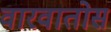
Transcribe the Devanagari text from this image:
वारवातोस